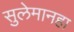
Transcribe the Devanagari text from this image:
सुलेमानहा